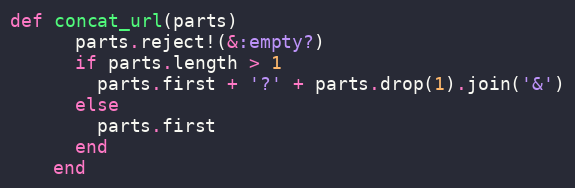
Language: Ruby
def concat_url(parts)
      parts.reject!(&:empty?)
      if parts.length > 1
        parts.first + '?' + parts.drop(1).join('&')
      else
        parts.first
      end
    end